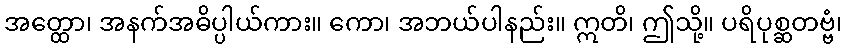
အတ္ထော၊ အနက်အဓိပ္ပါယ်ကား။ ကော၊ အဘယ်ပါနည်း။ ဣတိ၊ ဤသို့။ ပရိပုစ္ဆတဗ္ဗံ၊